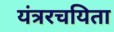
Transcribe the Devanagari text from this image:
यंत्ररचयिता